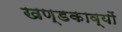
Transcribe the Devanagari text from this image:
खण्डकाव्यों